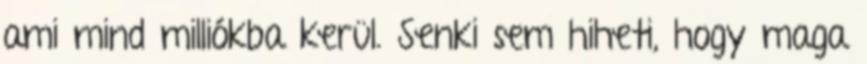
ami mind milliókba kerül. Senki sem hiheti, hogy maga